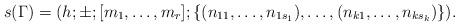
LaTeX: \begin{align*}s({\Gamma })=(h;\pm ;[m_{1}, \dots , m_{r}];\{(n_{11}, \dots , n_{1s_{1}}), \dots , (n_{k1}, \dots , n_{ks_{k}})\}).\end{align*}